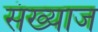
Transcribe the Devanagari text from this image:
संख्याज